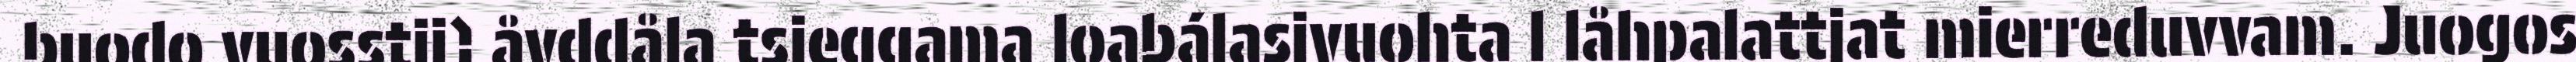
buodo vuosstij) åvddåla tsieggama loabálasjvuohta l låhpalattjat mierreduvvam. Juogos